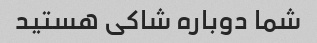
شما دوباره شاکی هستید